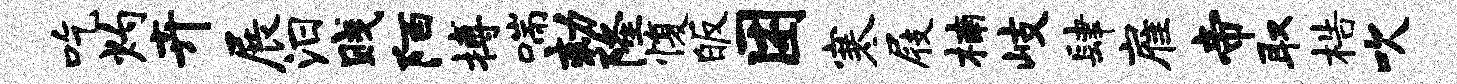
吃灼卉展汨贱陌搏喘劾隆愎皈困寒屐楠岐肆雇帝取梏吹